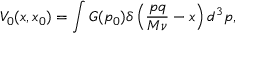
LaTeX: V _ { 0 } ( x , x _ { 0 } ) = \int G ( p _ { 0 } ) \delta \left( \frac { p q } { M \nu } - x \right) d ^ { 3 } p ,